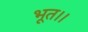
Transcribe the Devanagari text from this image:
भूत।।